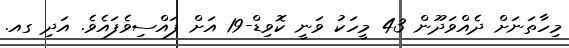
މިހާތަނަށް ދެއްވަދޫން 43 މީހަކު ވަނީ ކޮވިޑް-19 އަށް ފައްސިވެފައެވެ. އަދި ގއ.